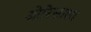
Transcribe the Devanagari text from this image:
ओरिसाला